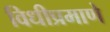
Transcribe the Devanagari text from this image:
विधीप्रमाणे